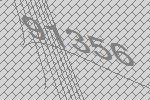
91356